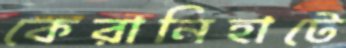
কেরানিহাটে